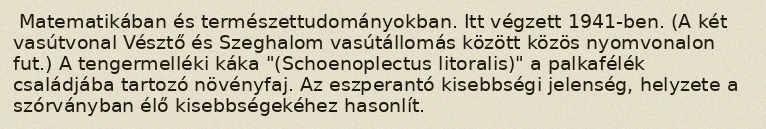
Matematikában és természettudományokban. Itt végzett 1941-ben. (A két vasútvonal Vésztő és Szeghalom vasútállomás között közös nyomvonalon fut.) A tengermelléki káka "(Schoenoplectus litoralis)" a palkafélék családjába tartozó növényfaj. Az eszperantó kisebbségi jelenség, helyzete a szórványban élő kisebbségekéhez hasonlít.